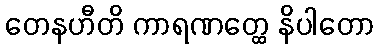
တေနဟီတိ ကာရဏတ္ထေ နိပါတော